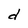
Character: d